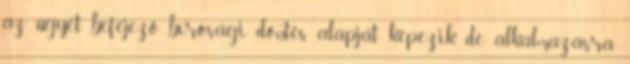
az ügyet befejező bírósági döntés alapját képezik, de alkalmazásra